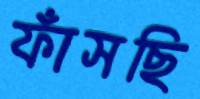
ফাঁসছি